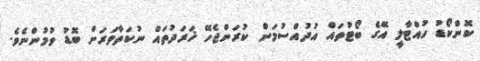
ކޮންކޯޑު ހުއްޓާލީ އޭގެ ބޯޓުތައް އުދުއްސުމަށް ކުރަންޖެހޭ ޚަރަދުތައް ނުކަތާވަރަށް ބޮޑު ވުމުންނެވެ.